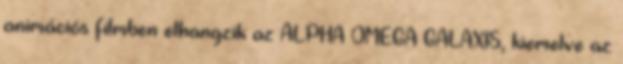
animációs filmben elhangzik az ALPHA OMEGA GALAXIS, kiemelve az